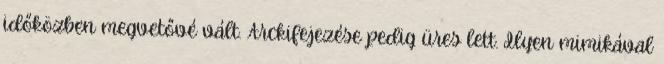
időközben megvetővé vált. Arckifejezése pedig üres lett. Ilyen mimikával